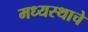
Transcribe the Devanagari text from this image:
मध्यस्थाचे